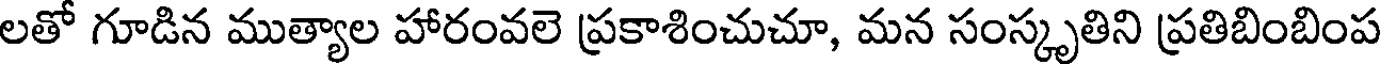
లతో గూడిన ముత్యాల హారంవలె ప్రకాశించుచూ, మన సంస్కృతిని ప్రతిబింబింప